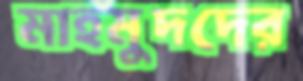
মাহমুদদের